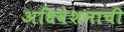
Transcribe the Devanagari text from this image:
अधिवेशनाची